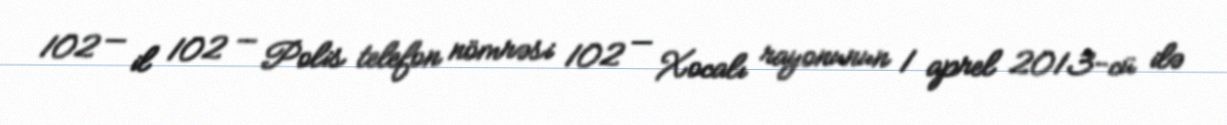
102 — il 102 — Polis telefon nömrəsi 102 — Xocalı rayonunun 1 aprel 2013-cü ilə